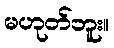
မဟုတ်ဘူး။